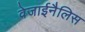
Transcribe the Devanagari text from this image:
वेजाईनैलिस